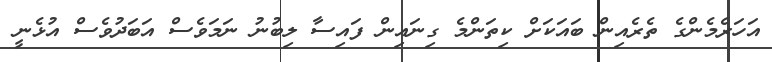
އަހަރެމެންގެ ތެރެއިން ބައަކަށް ކިތަންމެ ގިނައިން ފައިސާ ލިބުނު ނަމަވެސް އަބަދުވެސް އުޅެނީ